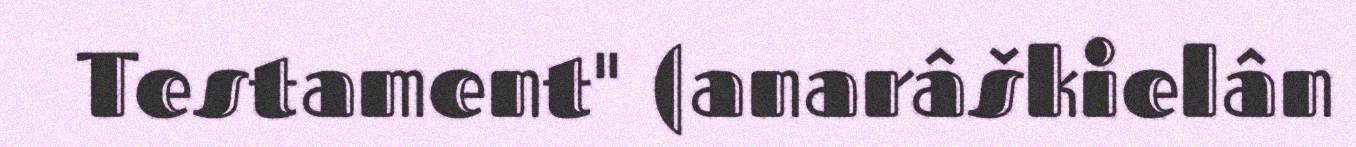
Testament" (anarâškielân